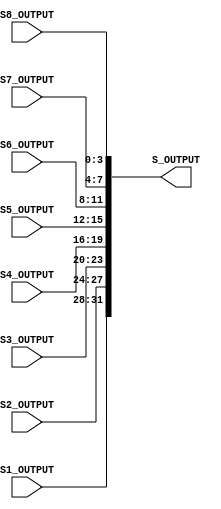
`timescale 1ns / 1ps
//////////////////////////////////////////////////////////////////////////////////
// Company:       RAJESH GLOBAL SOLUTION(RGS
// 
// Design Name:    DES
// Module Name:    SBOX_OUTPUT 
// Project Name:   DATA ENCRYPTION STANDARD(DES)
// Target Devices: SPARTAN-3(XC3S400)
// Tool versions:  XILINX 9.1I
// Description:    THIS MODULE TAKES INPUT FROM THE 8 SBOX TABLE AND GERENRATE 32 BIT OUTPUT
//                 WHICH IS GIVEN TO PERMUTATION BLOCK AS A INPUT.
//
// Dependencies:   Sbox_Rom1,Sbox_Rom2,Sbox_Rom3,Sbox_Rom4,Sbox_Rom5,Sbox_Rom6,Sbox_Rom7,Sbox_Rom8
//
// Revision: 
// Revision 0.01 - File Created
// Additional Comments: 
//
//////////////////////////////////////////////////////////////////////////////////
module Sbox_Output(S1_OUTPUT, S2_OUTPUT, S3_OUTPUT, S4_OUTPUT, S5_OUTPUT, S6_OUTPUT,
                   S7_OUTPUT, S8_OUTPUT, S_OUTPUT);
						 
  input   [3 : 0] S1_OUTPUT;
  input   [3 : 0] S2_OUTPUT;
  input   [3 : 0] S3_OUTPUT;
  input   [3 : 0] S4_OUTPUT;
  input   [3 : 0] S5_OUTPUT;
  input   [3 : 0] S6_OUTPUT;
  input   [3 : 0] S7_OUTPUT;
  input   [3 : 0] S8_OUTPUT;
  output  [32 : 1]S_OUTPUT;
  
  wire [3 : 0] S1_OUTPUT;
  wire [3 : 0] S2_OUTPUT;
  wire [3 : 0] S3_OUTPUT;
  wire [3 : 0] S4_OUTPUT;
  wire [3 : 0] S5_OUTPUT;
  wire [3 : 0] S6_OUTPUT;
  wire [3 : 0] S7_OUTPUT;
  wire [3 : 0] S8_OUTPUT;
  
  wire [32 : 1]S_OUTPUT;
  
  assign S_OUTPUT = {S1_OUTPUT,S2_OUTPUT,S3_OUTPUT,S4_OUTPUT,S5_OUTPUT,S6_OUTPUT,
                     S7_OUTPUT,S8_OUTPUT};


endmodule